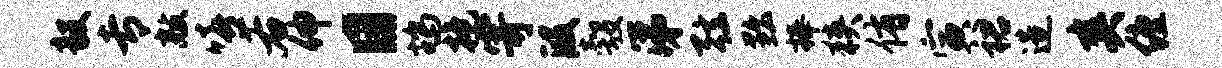
毅专敲嘻右伸日鸪抱寄段彀涕弦黜捧狭侑寅裙造爽缠